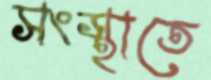
সংস্থাতে